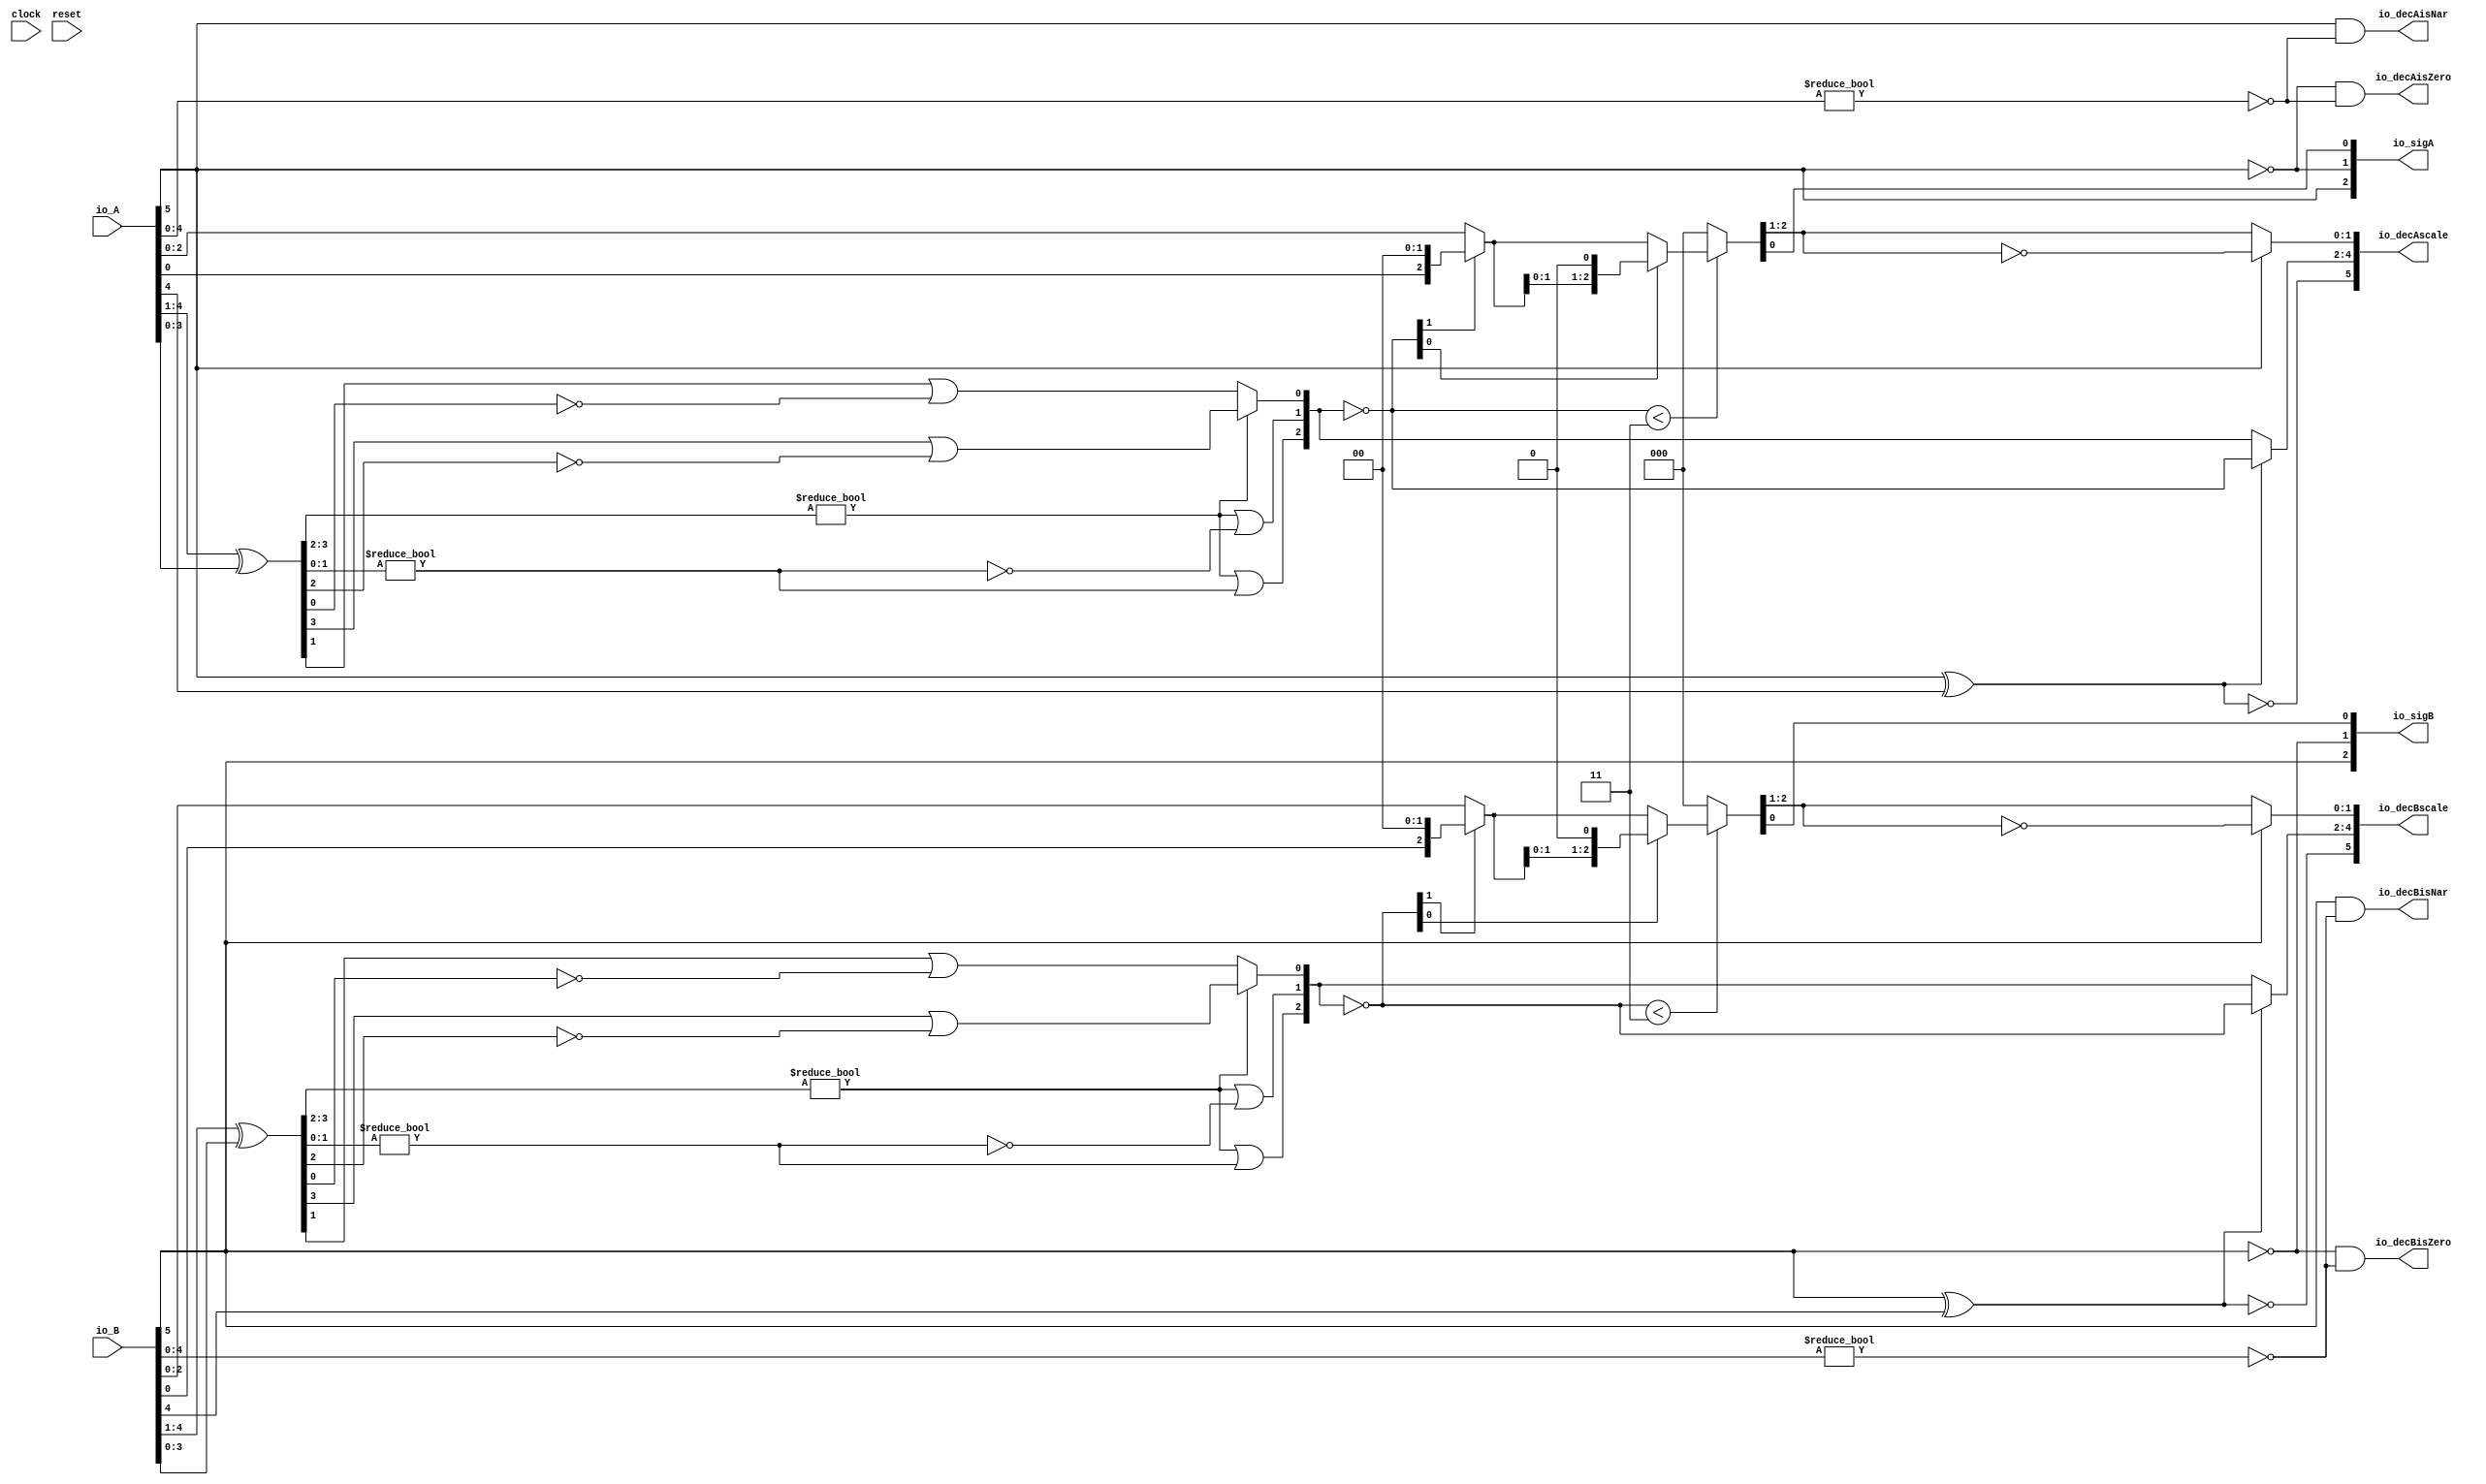
module PositMulDec6_2(
  input        clock,
  input        reset,
  input  [5:0] io_A,
  input  [5:0] io_B,
  output [2:0] io_sigA,
  output [2:0] io_sigB,
  output [5:0] io_decAscale,
  output [5:0] io_decBscale,
  output       io_decAisNar,
  output       io_decBisNar,
  output       io_decAisZero,
  output       io_decBisZero
);
  wire  _T_1; // @[convert.scala 18:24]
  wire  _T_2; // @[convert.scala 18:40]
  wire  _T_3; // @[convert.scala 18:36]
  wire [3:0] _T_4; // @[convert.scala 19:24]
  wire [3:0] _T_5; // @[convert.scala 19:43]
  wire [3:0] _T_6; // @[convert.scala 19:39]
  wire [1:0] _T_7; // @[LZD.scala 43:32]
  wire  _T_8; // @[LZD.scala 39:14]
  wire  _T_9; // @[LZD.scala 39:21]
  wire  _T_10; // @[LZD.scala 39:30]
  wire  _T_11; // @[LZD.scala 39:27]
  wire  _T_12; // @[LZD.scala 39:25]
  wire [1:0] _T_13; // @[Cat.scala 29:58]
  wire [1:0] _T_14; // @[LZD.scala 44:32]
  wire  _T_15; // @[LZD.scala 39:14]
  wire  _T_16; // @[LZD.scala 39:21]
  wire  _T_17; // @[LZD.scala 39:30]
  wire  _T_18; // @[LZD.scala 39:27]
  wire  _T_19; // @[LZD.scala 39:25]
  wire [1:0] _T_20; // @[Cat.scala 29:58]
  wire  _T_21; // @[Shift.scala 12:21]
  wire  _T_22; // @[Shift.scala 12:21]
  wire  _T_23; // @[LZD.scala 49:16]
  wire  _T_24; // @[LZD.scala 49:27]
  wire  _T_25; // @[LZD.scala 49:25]
  wire  _T_26; // @[LZD.scala 49:47]
  wire  _T_27; // @[LZD.scala 49:59]
  wire  _T_28; // @[LZD.scala 49:35]
  wire [2:0] _T_30; // @[Cat.scala 29:58]
  wire [2:0] _T_31; // @[convert.scala 21:22]
  wire [2:0] _T_32; // @[convert.scala 22:36]
  wire  _T_33; // @[Shift.scala 16:24]
  wire [1:0] _T_34; // @[Shift.scala 17:37]
  wire  _T_35; // @[Shift.scala 12:21]
  wire  _T_36; // @[Shift.scala 64:52]
  wire [2:0] _T_38; // @[Cat.scala 29:58]
  wire [2:0] _T_39; // @[Shift.scala 64:27]
  wire  _T_40; // @[Shift.scala 66:70]
  wire [1:0] _T_42; // @[Shift.scala 64:52]
  wire [2:0] _T_43; // @[Cat.scala 29:58]
  wire [2:0] _T_44; // @[Shift.scala 64:27]
  wire [2:0] _T_45; // @[Shift.scala 16:10]
  wire [1:0] _T_46; // @[convert.scala 23:34]
  wire  decA_fraction; // @[convert.scala 24:34]
  wire  _T_48; // @[convert.scala 25:26]
  wire [2:0] _T_50; // @[convert.scala 25:42]
  wire [1:0] _T_53; // @[convert.scala 26:67]
  wire [1:0] _T_54; // @[convert.scala 26:51]
  wire [5:0] _T_55; // @[Cat.scala 29:58]
  wire [4:0] _T_57; // @[convert.scala 29:56]
  wire  _T_58; // @[convert.scala 29:60]
  wire  _T_59; // @[convert.scala 29:41]
  wire  _T_62; // @[convert.scala 30:19]
  wire  _T_71; // @[convert.scala 18:24]
  wire  _T_72; // @[convert.scala 18:40]
  wire  _T_73; // @[convert.scala 18:36]
  wire [3:0] _T_74; // @[convert.scala 19:24]
  wire [3:0] _T_75; // @[convert.scala 19:43]
  wire [3:0] _T_76; // @[convert.scala 19:39]
  wire [1:0] _T_77; // @[LZD.scala 43:32]
  wire  _T_78; // @[LZD.scala 39:14]
  wire  _T_79; // @[LZD.scala 39:21]
  wire  _T_80; // @[LZD.scala 39:30]
  wire  _T_81; // @[LZD.scala 39:27]
  wire  _T_82; // @[LZD.scala 39:25]
  wire [1:0] _T_83; // @[Cat.scala 29:58]
  wire [1:0] _T_84; // @[LZD.scala 44:32]
  wire  _T_85; // @[LZD.scala 39:14]
  wire  _T_86; // @[LZD.scala 39:21]
  wire  _T_87; // @[LZD.scala 39:30]
  wire  _T_88; // @[LZD.scala 39:27]
  wire  _T_89; // @[LZD.scala 39:25]
  wire [1:0] _T_90; // @[Cat.scala 29:58]
  wire  _T_91; // @[Shift.scala 12:21]
  wire  _T_92; // @[Shift.scala 12:21]
  wire  _T_93; // @[LZD.scala 49:16]
  wire  _T_94; // @[LZD.scala 49:27]
  wire  _T_95; // @[LZD.scala 49:25]
  wire  _T_96; // @[LZD.scala 49:47]
  wire  _T_97; // @[LZD.scala 49:59]
  wire  _T_98; // @[LZD.scala 49:35]
  wire [2:0] _T_100; // @[Cat.scala 29:58]
  wire [2:0] _T_101; // @[convert.scala 21:22]
  wire [2:0] _T_102; // @[convert.scala 22:36]
  wire  _T_103; // @[Shift.scala 16:24]
  wire [1:0] _T_104; // @[Shift.scala 17:37]
  wire  _T_105; // @[Shift.scala 12:21]
  wire  _T_106; // @[Shift.scala 64:52]
  wire [2:0] _T_108; // @[Cat.scala 29:58]
  wire [2:0] _T_109; // @[Shift.scala 64:27]
  wire  _T_110; // @[Shift.scala 66:70]
  wire [1:0] _T_112; // @[Shift.scala 64:52]
  wire [2:0] _T_113; // @[Cat.scala 29:58]
  wire [2:0] _T_114; // @[Shift.scala 64:27]
  wire [2:0] _T_115; // @[Shift.scala 16:10]
  wire [1:0] _T_116; // @[convert.scala 23:34]
  wire  decB_fraction; // @[convert.scala 24:34]
  wire  _T_118; // @[convert.scala 25:26]
  wire [2:0] _T_120; // @[convert.scala 25:42]
  wire [1:0] _T_123; // @[convert.scala 26:67]
  wire [1:0] _T_124; // @[convert.scala 26:51]
  wire [5:0] _T_125; // @[Cat.scala 29:58]
  wire [4:0] _T_127; // @[convert.scala 29:56]
  wire  _T_128; // @[convert.scala 29:60]
  wire  _T_129; // @[convert.scala 29:41]
  wire  _T_132; // @[convert.scala 30:19]
  wire  _T_140; // @[PositMulDec.scala 31:34]
  wire [2:0] _T_142; // @[Cat.scala 29:58]
  wire  _T_144; // @[PositMulDec.scala 32:34]
  wire [2:0] _T_146; // @[Cat.scala 29:58]
  assign _T_1 = io_A[5]; // @[convert.scala 18:24]
  assign _T_2 = io_A[4]; // @[convert.scala 18:40]
  assign _T_3 = _T_1 ^ _T_2; // @[convert.scala 18:36]
  assign _T_4 = io_A[4:1]; // @[convert.scala 19:24]
  assign _T_5 = io_A[3:0]; // @[convert.scala 19:43]
  assign _T_6 = _T_4 ^ _T_5; // @[convert.scala 19:39]
  assign _T_7 = _T_6[3:2]; // @[LZD.scala 43:32]
  assign _T_8 = _T_7 != 2'h0; // @[LZD.scala 39:14]
  assign _T_9 = _T_7[1]; // @[LZD.scala 39:21]
  assign _T_10 = _T_7[0]; // @[LZD.scala 39:30]
  assign _T_11 = ~ _T_10; // @[LZD.scala 39:27]
  assign _T_12 = _T_9 | _T_11; // @[LZD.scala 39:25]
  assign _T_13 = {_T_8,_T_12}; // @[Cat.scala 29:58]
  assign _T_14 = _T_6[1:0]; // @[LZD.scala 44:32]
  assign _T_15 = _T_14 != 2'h0; // @[LZD.scala 39:14]
  assign _T_16 = _T_14[1]; // @[LZD.scala 39:21]
  assign _T_17 = _T_14[0]; // @[LZD.scala 39:30]
  assign _T_18 = ~ _T_17; // @[LZD.scala 39:27]
  assign _T_19 = _T_16 | _T_18; // @[LZD.scala 39:25]
  assign _T_20 = {_T_15,_T_19}; // @[Cat.scala 29:58]
  assign _T_21 = _T_13[1]; // @[Shift.scala 12:21]
  assign _T_22 = _T_20[1]; // @[Shift.scala 12:21]
  assign _T_23 = _T_21 | _T_22; // @[LZD.scala 49:16]
  assign _T_24 = ~ _T_22; // @[LZD.scala 49:27]
  assign _T_25 = _T_21 | _T_24; // @[LZD.scala 49:25]
  assign _T_26 = _T_13[0:0]; // @[LZD.scala 49:47]
  assign _T_27 = _T_20[0:0]; // @[LZD.scala 49:59]
  assign _T_28 = _T_21 ? _T_26 : _T_27; // @[LZD.scala 49:35]
  assign _T_30 = {_T_23,_T_25,_T_28}; // @[Cat.scala 29:58]
  assign _T_31 = ~ _T_30; // @[convert.scala 21:22]
  assign _T_32 = io_A[2:0]; // @[convert.scala 22:36]
  assign _T_33 = _T_31 < 3'h3; // @[Shift.scala 16:24]
  assign _T_34 = _T_31[1:0]; // @[Shift.scala 17:37]
  assign _T_35 = _T_34[1]; // @[Shift.scala 12:21]
  assign _T_36 = _T_32[0:0]; // @[Shift.scala 64:52]
  assign _T_38 = {_T_36,2'h0}; // @[Cat.scala 29:58]
  assign _T_39 = _T_35 ? _T_38 : _T_32; // @[Shift.scala 64:27]
  assign _T_40 = _T_34[0:0]; // @[Shift.scala 66:70]
  assign _T_42 = _T_39[1:0]; // @[Shift.scala 64:52]
  assign _T_43 = {_T_42,1'h0}; // @[Cat.scala 29:58]
  assign _T_44 = _T_40 ? _T_43 : _T_39; // @[Shift.scala 64:27]
  assign _T_45 = _T_33 ? _T_44 : 3'h0; // @[Shift.scala 16:10]
  assign _T_46 = _T_45[2:1]; // @[convert.scala 23:34]
  assign decA_fraction = _T_45[0:0]; // @[convert.scala 24:34]
  assign _T_48 = _T_3 == 1'h0; // @[convert.scala 25:26]
  assign _T_50 = _T_3 ? _T_31 : _T_30; // @[convert.scala 25:42]
  assign _T_53 = ~ _T_46; // @[convert.scala 26:67]
  assign _T_54 = _T_1 ? _T_53 : _T_46; // @[convert.scala 26:51]
  assign _T_55 = {_T_48,_T_50,_T_54}; // @[Cat.scala 29:58]
  assign _T_57 = io_A[4:0]; // @[convert.scala 29:56]
  assign _T_58 = _T_57 != 5'h0; // @[convert.scala 29:60]
  assign _T_59 = ~ _T_58; // @[convert.scala 29:41]
  assign _T_62 = _T_1 == 1'h0; // @[convert.scala 30:19]
  assign _T_71 = io_B[5]; // @[convert.scala 18:24]
  assign _T_72 = io_B[4]; // @[convert.scala 18:40]
  assign _T_73 = _T_71 ^ _T_72; // @[convert.scala 18:36]
  assign _T_74 = io_B[4:1]; // @[convert.scala 19:24]
  assign _T_75 = io_B[3:0]; // @[convert.scala 19:43]
  assign _T_76 = _T_74 ^ _T_75; // @[convert.scala 19:39]
  assign _T_77 = _T_76[3:2]; // @[LZD.scala 43:32]
  assign _T_78 = _T_77 != 2'h0; // @[LZD.scala 39:14]
  assign _T_79 = _T_77[1]; // @[LZD.scala 39:21]
  assign _T_80 = _T_77[0]; // @[LZD.scala 39:30]
  assign _T_81 = ~ _T_80; // @[LZD.scala 39:27]
  assign _T_82 = _T_79 | _T_81; // @[LZD.scala 39:25]
  assign _T_83 = {_T_78,_T_82}; // @[Cat.scala 29:58]
  assign _T_84 = _T_76[1:0]; // @[LZD.scala 44:32]
  assign _T_85 = _T_84 != 2'h0; // @[LZD.scala 39:14]
  assign _T_86 = _T_84[1]; // @[LZD.scala 39:21]
  assign _T_87 = _T_84[0]; // @[LZD.scala 39:30]
  assign _T_88 = ~ _T_87; // @[LZD.scala 39:27]
  assign _T_89 = _T_86 | _T_88; // @[LZD.scala 39:25]
  assign _T_90 = {_T_85,_T_89}; // @[Cat.scala 29:58]
  assign _T_91 = _T_83[1]; // @[Shift.scala 12:21]
  assign _T_92 = _T_90[1]; // @[Shift.scala 12:21]
  assign _T_93 = _T_91 | _T_92; // @[LZD.scala 49:16]
  assign _T_94 = ~ _T_92; // @[LZD.scala 49:27]
  assign _T_95 = _T_91 | _T_94; // @[LZD.scala 49:25]
  assign _T_96 = _T_83[0:0]; // @[LZD.scala 49:47]
  assign _T_97 = _T_90[0:0]; // @[LZD.scala 49:59]
  assign _T_98 = _T_91 ? _T_96 : _T_97; // @[LZD.scala 49:35]
  assign _T_100 = {_T_93,_T_95,_T_98}; // @[Cat.scala 29:58]
  assign _T_101 = ~ _T_100; // @[convert.scala 21:22]
  assign _T_102 = io_B[2:0]; // @[convert.scala 22:36]
  assign _T_103 = _T_101 < 3'h3; // @[Shift.scala 16:24]
  assign _T_104 = _T_101[1:0]; // @[Shift.scala 17:37]
  assign _T_105 = _T_104[1]; // @[Shift.scala 12:21]
  assign _T_106 = _T_102[0:0]; // @[Shift.scala 64:52]
  assign _T_108 = {_T_106,2'h0}; // @[Cat.scala 29:58]
  assign _T_109 = _T_105 ? _T_108 : _T_102; // @[Shift.scala 64:27]
  assign _T_110 = _T_104[0:0]; // @[Shift.scala 66:70]
  assign _T_112 = _T_109[1:0]; // @[Shift.scala 64:52]
  assign _T_113 = {_T_112,1'h0}; // @[Cat.scala 29:58]
  assign _T_114 = _T_110 ? _T_113 : _T_109; // @[Shift.scala 64:27]
  assign _T_115 = _T_103 ? _T_114 : 3'h0; // @[Shift.scala 16:10]
  assign _T_116 = _T_115[2:1]; // @[convert.scala 23:34]
  assign decB_fraction = _T_115[0:0]; // @[convert.scala 24:34]
  assign _T_118 = _T_73 == 1'h0; // @[convert.scala 25:26]
  assign _T_120 = _T_73 ? _T_101 : _T_100; // @[convert.scala 25:42]
  assign _T_123 = ~ _T_116; // @[convert.scala 26:67]
  assign _T_124 = _T_71 ? _T_123 : _T_116; // @[convert.scala 26:51]
  assign _T_125 = {_T_118,_T_120,_T_124}; // @[Cat.scala 29:58]
  assign _T_127 = io_B[4:0]; // @[convert.scala 29:56]
  assign _T_128 = _T_127 != 5'h0; // @[convert.scala 29:60]
  assign _T_129 = ~ _T_128; // @[convert.scala 29:41]
  assign _T_132 = _T_71 == 1'h0; // @[convert.scala 30:19]
  assign _T_140 = ~ _T_1; // @[PositMulDec.scala 31:34]
  assign _T_142 = {_T_1,_T_140,decA_fraction}; // @[Cat.scala 29:58]
  assign _T_144 = ~ _T_71; // @[PositMulDec.scala 32:34]
  assign _T_146 = {_T_71,_T_144,decB_fraction}; // @[Cat.scala 29:58]
  assign io_sigA = $signed(_T_142); // @[PositMulDec.scala 31:16]
  assign io_sigB = $signed(_T_146); // @[PositMulDec.scala 32:16]
  assign io_decAscale = $signed(_T_55); // @[PositMulDec.scala 33:16]
  assign io_decBscale = $signed(_T_125); // @[PositMulDec.scala 34:16]
  assign io_decAisNar = _T_1 & _T_59; // @[PositMulDec.scala 35:16]
  assign io_decBisNar = _T_71 & _T_129; // @[PositMulDec.scala 36:16]
  assign io_decAisZero = _T_62 & _T_59; // @[PositMulDec.scala 37:17]
  assign io_decBisZero = _T_132 & _T_129; // @[PositMulDec.scala 38:17]
endmodule